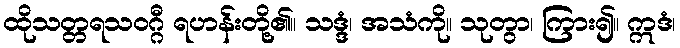
ထိုသတ္တရသဝဂ္ဂီ ရဟန်းတို့၏။ သဒ္ဒံ၊ အသံကို။ သုတွာ၊ ကြား၍။ ဣဒံ၊